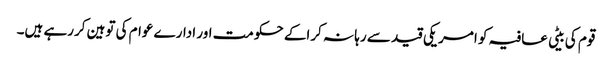
قوم کی بیٹی عافیہ کو امریکی قید سے رہا نہ کراکے حکومت اور ادارے عوام کی توہین کررہے ہیں۔